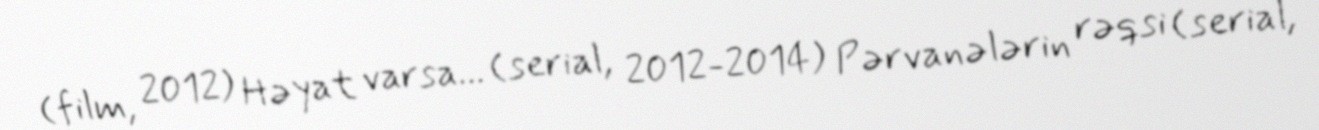
(film, 2012) Həyat varsa... (serial, 2012-2014) Pərvanələrin rəqsi (serial,